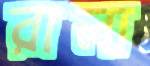
রালা